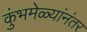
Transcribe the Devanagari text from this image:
कुंभमेळ्यांनंतर